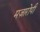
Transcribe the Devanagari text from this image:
मज़ारोपी